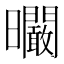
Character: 𣌙